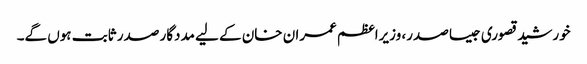
خورشید قصوری جیسا صدر، وزیراعظم عمران خان کے لیے مددگار صدر ثابت ہوں گے۔